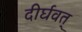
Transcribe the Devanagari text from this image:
दीर्घवत्